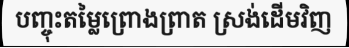
បញ្ចុះតម្លៃព្រោងព្រាត ស្រង់ដើមវិញ